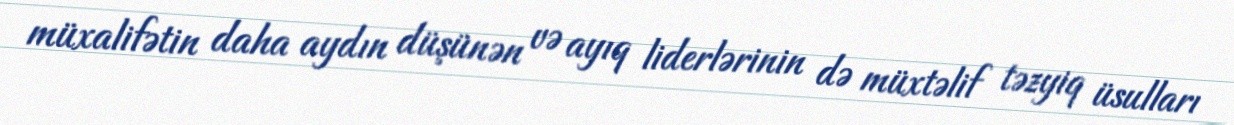
müxalifətin daha aydın düşünən və ayıq liderlərinin də müxtəlif təzyiq üsulları